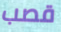
قصب